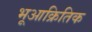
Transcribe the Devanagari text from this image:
भूआक्रितिक